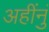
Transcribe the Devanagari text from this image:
अहींनुं